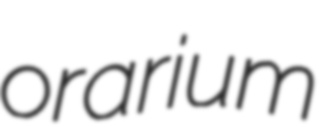
orarium